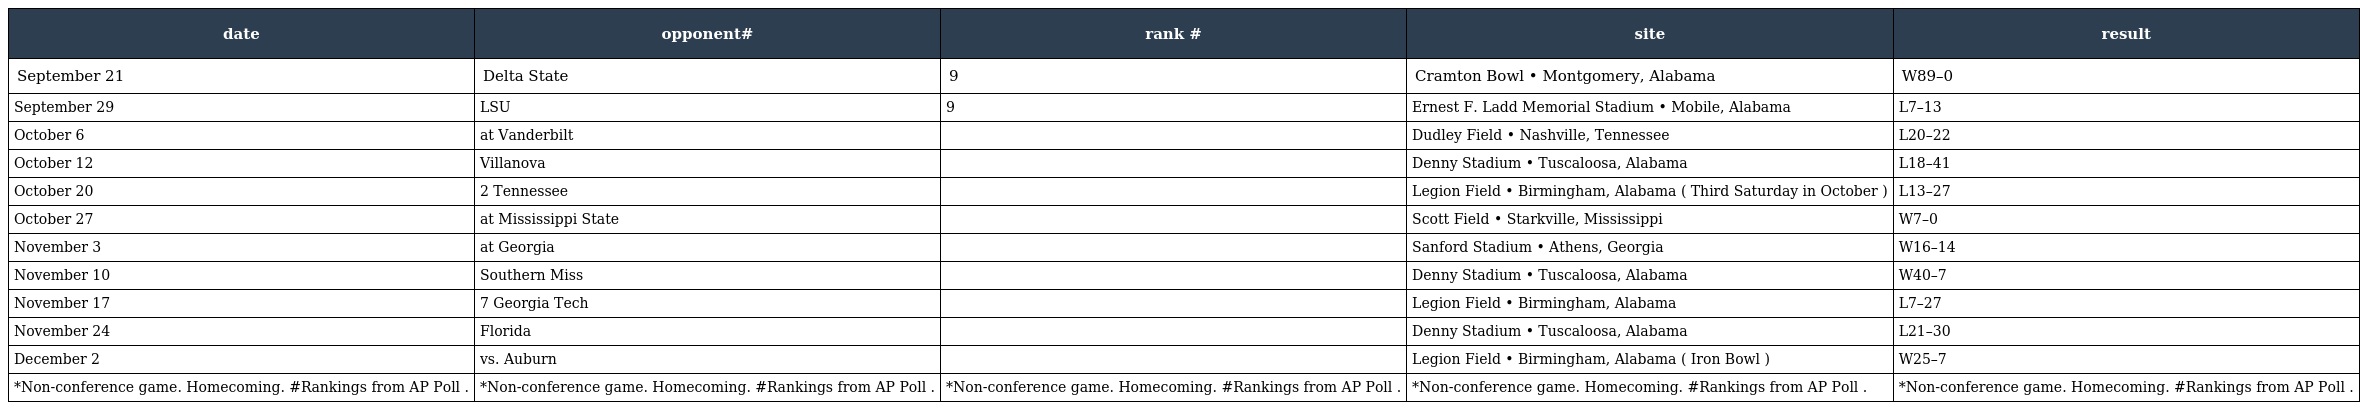
| date | opponent# | rank # | site | result |
 | --- | --- | --- | --- | --- |
 | September 21 | Delta State | 9 | Cramton Bowl • Montgomery, Alabama | W89–0 |
 | September 29 | LSU | 9 | Ernest F. Ladd Memorial Stadium • Mobile, Alabama | L7–13 |
 | October 6 | at Vanderbilt |  | Dudley Field • Nashville, Tennessee | L20–22 |
 | October 12 | Villanova |  | Denny Stadium • Tuscaloosa, Alabama | L18–41 |
 | October 20 | 2 Tennessee |  | Legion Field • Birmingham, Alabama ( Third Saturday in October ) | L13–27 |
 | October 27 | at Mississippi State |  | Scott Field • Starkville, Mississippi | W7–0 |
 | November 3 | at Georgia |  | Sanford Stadium • Athens, Georgia | W16–14 |
 | November 10 | Southern Miss |  | Denny Stadium • Tuscaloosa, Alabama | W40–7 |
 | November 17 | 7 Georgia Tech |  | Legion Field • Birmingham, Alabama | L7–27 |
 | November 24 | Florida |  | Denny Stadium • Tuscaloosa, Alabama | L21–30 |
 | December 2 | vs. Auburn |  | Legion Field • Birmingham, Alabama ( Iron Bowl ) | W25–7 |
 | *Non-conference game. Homecoming. #Rankings from AP Poll . | *Non-conference game. Homecoming. #Rankings from AP Poll . | *Non-conference game. Homecoming. #Rankings from AP Poll . | *Non-conference game. Homecoming. #Rankings from AP Poll . | *Non-conference game. Homecoming. #Rankings from AP Poll . |